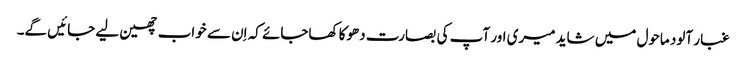
غبار آلود ماحول میں شاید میری اور آپ کی بصارت دھوکا کھاجائے کہ اِن سے خواب چھین لیے جائیں گے۔